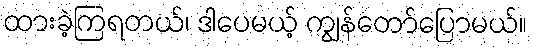
ထားခဲ့ကြရတယ်၊ ဒါပေမယ့် ကျွန်တော်ပြောမယ်။